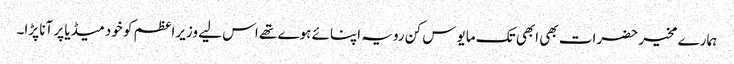
ہمارے مخیر حضرات بھی ابھی تک مایوس کن رویہ اپنائے ہوے تھے اس لیے وزیراعظم کو خود میڈیا پر آنا پڑا۔